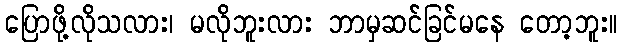
ပြောဖို့လိုသလား၊ မလိုဘူးလား ဘာမှဆင်ခြင်မနေ တော့ဘူး။